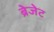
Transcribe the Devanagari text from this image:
ब्रेजेट